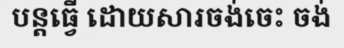
បន្តធ្វើ ដោយសារចង់ចេះ ចង់